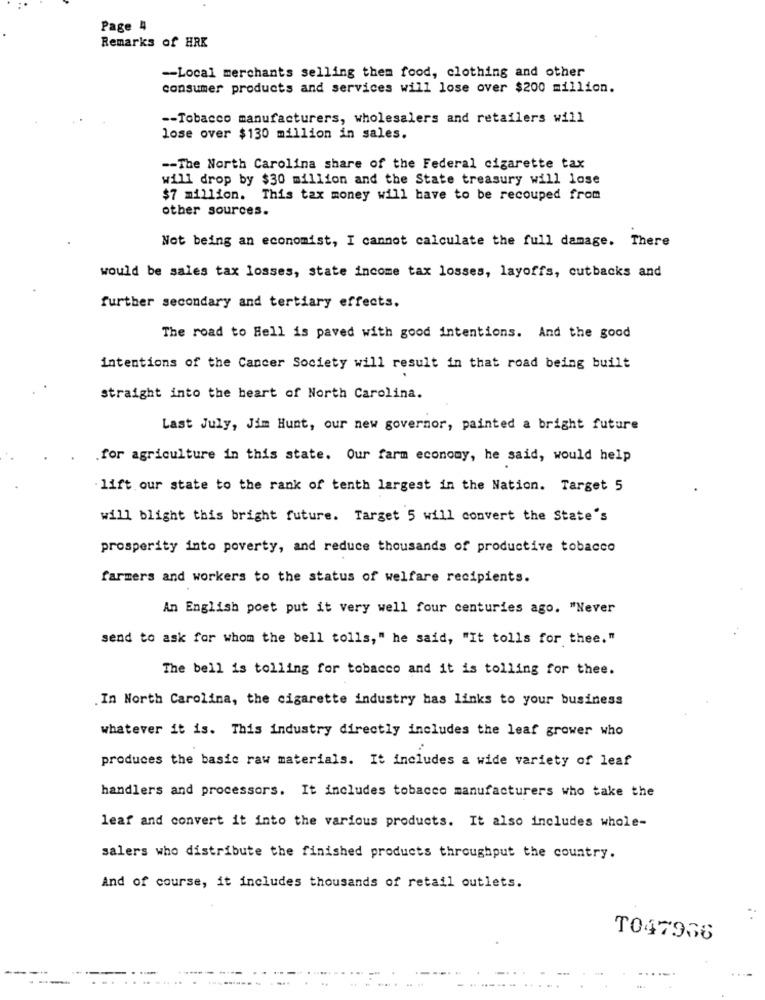
Page 4
Remarks of HRK
-- Local merchants selling them food, clothing and other
consumer products and services will lose over $200 million.
-- Tobacco manufacturers, wholesalers and retailers will
lose over $130 million in sales.
-- The North Carolina share of the Federal cigarette tax
will drop by $30 million and the State treasury will lose
$7 million. This tax money will have to be recouped from
other sources.
Not being an economist, I cannot calculate the full damage. There
would be sales tax losses, state income tax losses, layoffs, cutbacks and
further secondary and tertiary effects.
The road to Hell is paved with good intentions. And the good
intentions of the Cancer Society will result in that road being built
straight into the heart of North Carolina.
Last July, Jim Hunt, our new governor, painted a bright future
.for agriculture in this state. Our farm economy, he said, would help
lift our state to the rank of tenth largest in the Nation. Target 5
will blight this bright future. Target 5 will convert the State's
prosperity into poverty, and reduce thousands of productive tobacco
farmers and workers to the status of welfare recipients.
An English poet put it very well four centuries ago. "Never
send to ask for whom the bell tolls," he said, "It tolls for thee."
The bell is tolling for tobacco and it is tolling for thee.
.In North Carolina, the cigarette industry has links to your business
whatever it is. This industry directly includes the leaf grower who
produces the basic raw materials. It includes a wide variety of leaf
handlers and processors. It includes tobacco manufacturers who take the
leaf and convert it into the various products. It also includes whole-
salers who distribute the finished products throughput the country.
And of course, it includes thousands of retail outlets.
T047936
---